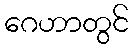
ဂေဟာတွင်